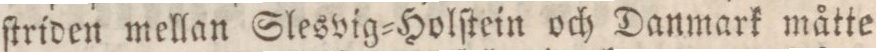
ſtriden mellan Slesvig=Holſtein och Danmark måtte